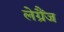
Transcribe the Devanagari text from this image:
लेग्रैंज